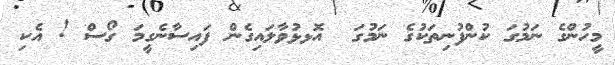
މީހުންގެ ނަމުގަ ކުންފުނިތަކުގެ ނަމުގަ  އޮޅޅުވާލައިގެން ފައިސާނެގީމަ ގޯސް ! އެކި